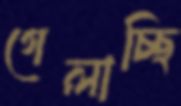
গেলাচ্ছি